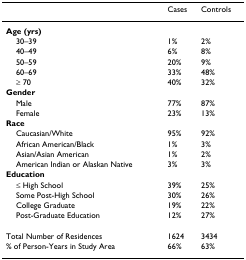
<table><thead><tr><td></td><td><b>Cases</b></td><td><b>Controls</b></td></tr></thead><tbody><tr><td><b>Age (yrs)</b></td><td></td><td></td></tr><tr><td> 30–39</td><td>1%</td><td>2%</td></tr><tr><td> 40–49</td><td>6%</td><td>8%</td></tr><tr><td> 50–59</td><td>20%</td><td>9%</td></tr><tr><td> 60–69</td><td>33%</td><td>48%</td></tr><tr><td> ≥ 70</td><td>40%</td><td>32%</td></tr><tr><td><b>Gender</b></td><td></td><td></td></tr><tr><td> Male</td><td>77%</td><td>87%</td></tr><tr><td> Female</td><td>23%</td><td>13%</td></tr><tr><td><b>Race</b></td><td></td><td></td></tr><tr><td> Caucasian/White</td><td>95%</td><td>92%</td></tr><tr><td> African American/Black</td><td>1%</td><td>3%</td></tr><tr><td> Asian/Asian American</td><td>1%</td><td>2%</td></tr><tr><td> American Indian or Alaskan Native</td><td>3%</td><td>3%</td></tr><tr><td><b>Education</b></td><td></td><td></td></tr><tr><td> ≤ High School</td><td>39%</td><td>25%</td></tr><tr><td> Some Post-High School</td><td>30%</td><td>26%</td></tr><tr><td> College Graduate</td><td>19%</td><td>22%</td></tr><tr><td> Post-Graduate Education</td><td>12%</td><td>27%</td></tr><tr><td>Total Number of Residences</td><td>1624</td><td>3434</td></tr><tr><td>% of Person-Years in Study Area</td><td>66%</td><td>63%</td></tr></tbody></table>